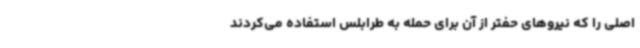
اصلی را که نیروهای حفتر از آن برای حمله به طرابلس استفاده می‌کردند